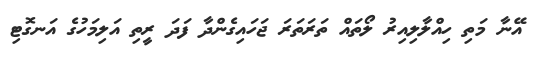
އޭނާ މަތި ހިއްލާލިއިރު ލޯތައް ތަރަތަރަ ޖަހައިގެންދާ ފަދަ ރީތި އަލިމަހުގެ އަނގޮޓި